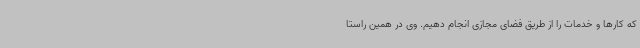
که کارها و خدمات را از طریق فضای مجازی انجام دهیم. وی در همین راستا